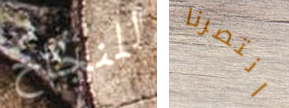
للنجاح انتصرنا